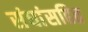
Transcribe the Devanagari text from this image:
संघांसहित